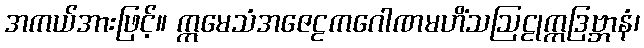
အကယ်အားဖြင့်။ ဣမေသံအဇေဠကဂေါဏမဟိံသဩဠုက္ကဒြဗ္ဘာနံ၊